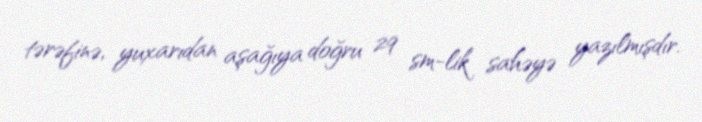
tərəfinə, yuxarıdan aşağıya doğru 29 sm-lik sahəyə yazılmışdır.